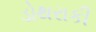
ડોથરાકી